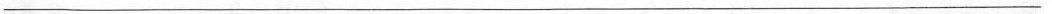
___